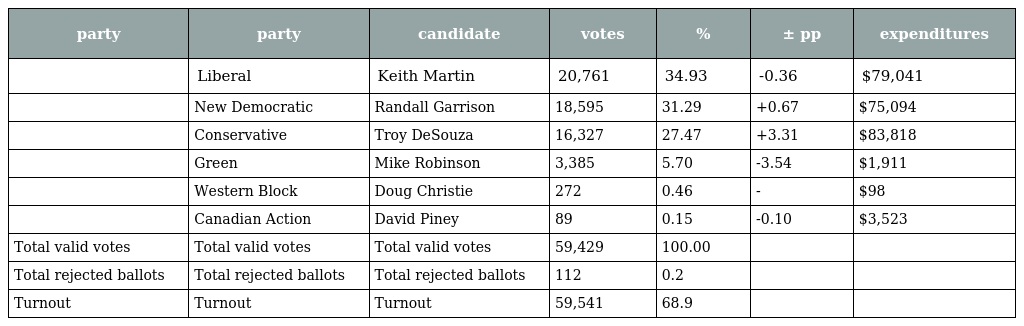
| party | party | candidate | votes | % | ± pp | expenditures |
 | --- | --- | --- | --- | --- | --- | --- |
 |  | Liberal | Keith Martin | 20,761 | 34.93 | -0.36 | $79,041 |
 |  | New Democratic | Randall Garrison | 18,595 | 31.29 | +0.67 | $75,094 |
 |  | Conservative | Troy DeSouza | 16,327 | 27.47 | +3.31 | $83,818 |
 |  | Green | Mike Robinson | 3,385 | 5.70 | -3.54 | $1,911 |
 |  | Western Block | Doug Christie | 272 | 0.46 | - | $98 |
 |  | Canadian Action | David Piney | 89 | 0.15 | -0.10 | $3,523 |
 | Total valid votes | Total valid votes | Total valid votes | 59,429 | 100.00 |  |  |
 | Total rejected ballots | Total rejected ballots | Total rejected ballots | 112 | 0.2 |  |  |
 | Turnout | Turnout | Turnout | 59,541 | 68.9 |  |  |